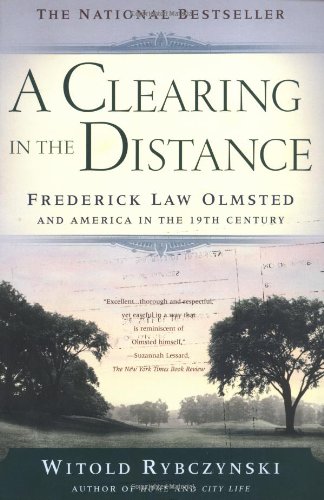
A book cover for A Clearing In The Distance: Frederick Law Olmsted and America in the 19th Century; Witold Rybczynski; Arts & Photography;